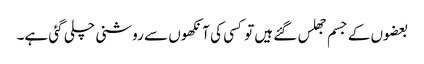
بعضوں کے جسم جھلس گئے ہیں تو کسی کی آنکھوں سے روشنی چلی گئی ہے۔